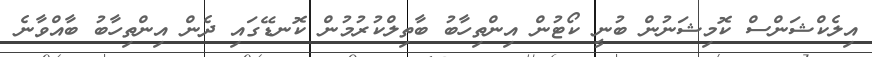
އިލެކްޝަންސް ކޮމިޝަނުން ބުނީ ކޯޓުން އިންތިހާބު ބާތިލްކުރުމުން ކޮނޑޭގައި ދެން އިންތިހާބު ބާއްވާނެ